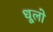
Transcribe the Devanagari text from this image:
धूलो